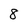
Character: 8